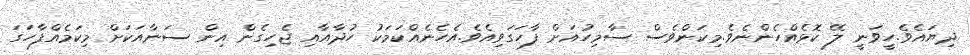
ދިޔައެވެ.ހީވަނީ ލޭ ކޮޅެއްހެންނެވެ.މިކަންވެސް ސާމިހުއަށް ފާހަގަވިއެވެ.އެހެނެއްކަމަކު ހުދާއާއި ޖެހިގެން އިން ސަނާއަކަށް މިކަމެއްފާހަގަ